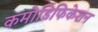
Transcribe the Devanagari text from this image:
कमोडिफिकेशन